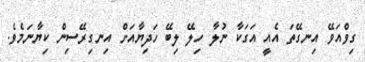
ގިވްއަވޭ އިނގޭތަ އެއީ އަގަކާ ނުލާ ހިލޭ ލިބޭ ހަދިޔާއަށް އިނގިރޭސިން ކިޔާނަމެވެ.